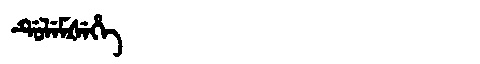
Manchu: ᡩᡠᠯᡝᠮᡧᡝᡥᡝ
Romanization: DULEMŠEHE